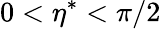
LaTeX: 0<\eta^{\ast}<\pi/2